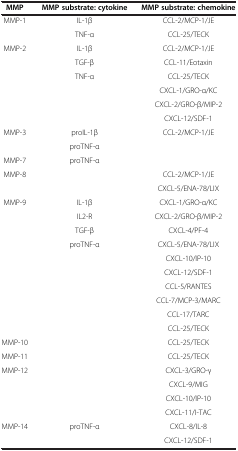
<table><thead><tr><td><b>MMP</b></td><td><b>MMP substrate: cytokine</b></td><td><b>MMP substrate: chemokine</b></td></tr></thead><tbody><tr><td rowspan="2">MMP-1</td><td>IL-1β</td><td>CCL-2/MCP-1/JE</td></tr><tr><td>TNF-α</td><td>CCL-25/TECK</td></tr><tr><td rowspan="6">MMP-2</td><td>IL-1β</td><td>CCL-2/MCP-1/JE</td></tr><tr><td>TGF-β</td><td>CCL-11/Eotaxin</td></tr><tr><td rowspan="4">TNF-α</td><td>CCL-25/TECK</td></tr><tr><td>CXCL-1/GRO-α/KC</td></tr><tr><td>CXCL-2/GRO-β/MIP-2</td></tr><tr><td>CXCL-12/SDF<i>-</i>1</td></tr><tr><td rowspan="2">MMP-3</td><td>proIL-1β</td><td rowspan="2">CCL-2/MCP-1/JE</td></tr><tr><td>proTNF-α</td></tr><tr><td>MMP-7</td><td>proTNF-α</td><td> </td></tr><tr><td rowspan="2">MMP-8</td><td rowspan="2"> </td><td>CCL-2/MCP-1/JE</td></tr><tr><td>CXCL-5/ENA-78/LIX</td></tr><tr><td rowspan="10">MMP-9</td><td>IL-1β</td><td>CXCL-1/GRO-α/KC</td></tr><tr><td>IL2-R</td><td>CXCL-2/GRO-β/MIP-2</td></tr><tr><td>TGF-β</td><td>CXCL-4/PF-4</td></tr><tr><td>proTNF-α</td><td>CXCL-5/ENA-78/LIX</td></tr><tr><td rowspan="6"> </td><td>CXCL-10/IP-10</td></tr><tr><td>CXCL-12/SDF<i>-</i>1</td></tr><tr><td>CCL-5/RANTES</td></tr><tr><td>CCL-7/MCP-3/MARC</td></tr><tr><td>CCL-17/TARC</td></tr><tr><td>CCL-25/TECK</td></tr><tr><td>MMP-10</td><td> </td><td>CCL-25/TECK</td></tr><tr><td>MMP-11</td><td> </td><td>CCL-25/TECK</td></tr><tr><td rowspan="4">MMP-12</td><td rowspan="4"> </td><td>CXCL-3/GRO-γ</td></tr><tr><td>CXCL-9/MIG</td></tr><tr><td>CXCL-10/IP-10</td></tr><tr><td>CXCL-11/I-TAC</td></tr><tr><td rowspan="2">MMP-14</td><td rowspan="2">proTNF-α</td><td>CXCL-8/IL-8</td></tr><tr><td>CXCL-12/SDF<i>-</i>1</td></tr></tbody></table>